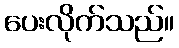
ပေးလိုက်သည်။